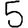
Digit: 5